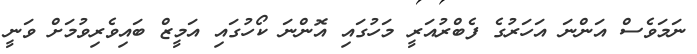
ނަމަވެސް އަންނަ އަހަރުގެ ފެބްރުއަރީ މަހުގައި އޮންނަ ކޯހުގައި އަމީޒް ބައިވެރިވުމަށް ވަނީ